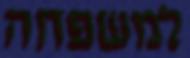
למשפחה